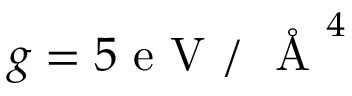
g = 5 \mathrm { ~ e ~ V ~ / ~ } \mathrm { ~ \AA ~ } ^ { 4 }